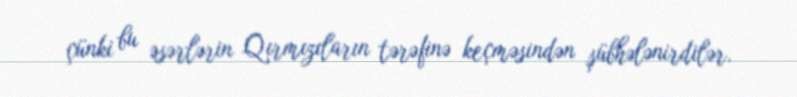
çünki bu əsərlərin Qırmızıların tərəfinə keçməsindən şübhələnirdilər.